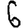
Digit: 6